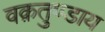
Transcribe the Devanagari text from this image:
वक़तुण्डाय